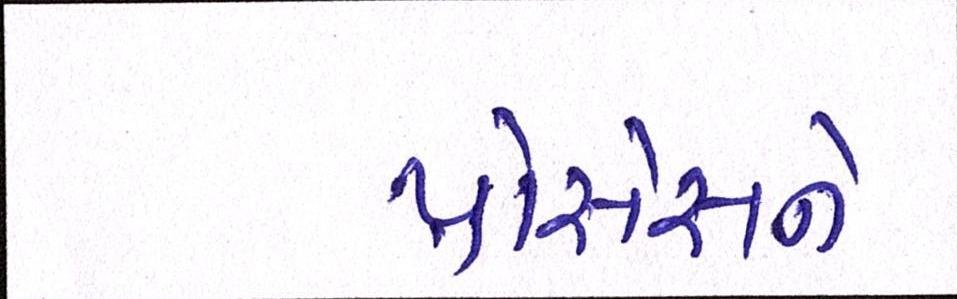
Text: પ્રોસેસને